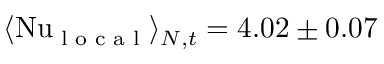
\langle \mathrm { N u } _ { \textrm { l o c a l } } \rangle _ { N , t } = 4 . 0 2 \pm 0 . 0 7